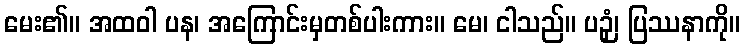
မေး၏။ အထဝါ ပန၊ အကြောင်းမှတစ်ပါးကား။ မေ၊ ငါသည်။ ပဉှံ၊ ပြဿနာကို။